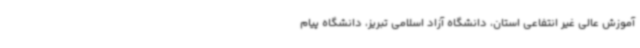
آموزش عالی غیر انتفاعی استان، دانشگاه آزاد اسلامی تبریز، دانشگاه پیام